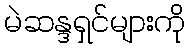
မဲဆန္ဒရှင်များကို